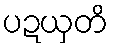
ပဍယှတိ